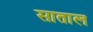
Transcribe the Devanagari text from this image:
साताल